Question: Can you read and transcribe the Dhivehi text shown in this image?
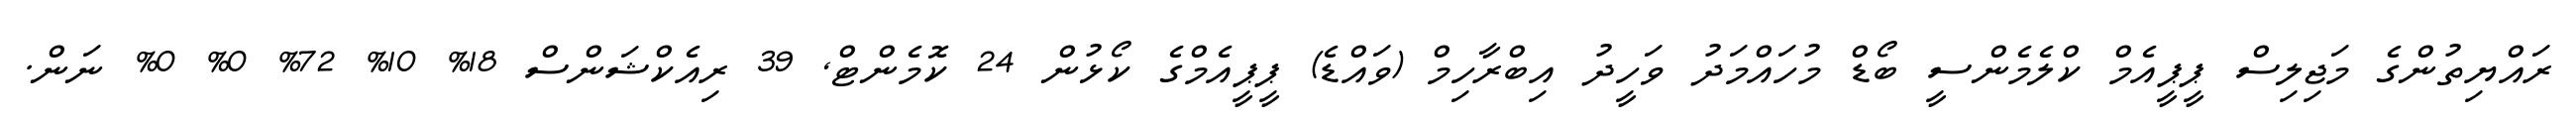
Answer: ރައްޔިތުންގެ މަޖިލިސް ޕީޕީއެމް ކްލެމެންސީ ބޯޑް މުހައްމަދު ވަހީދު އިބްރާހިމް (ވައްޑެ) ޕީޕީއެމްގެ ކޯޅުން 24 ކޮމެންޓް, 39 ރިއެކްޝަންސް 18% 10% 72% 0% 0% ނަން.